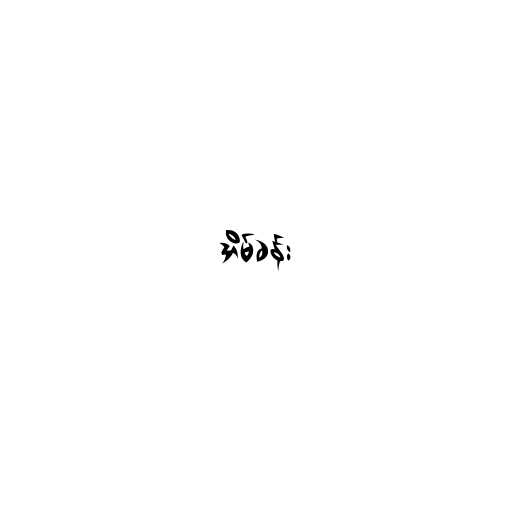
အိမ်ခန်း